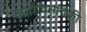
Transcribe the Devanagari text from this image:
अर्वाचिनांपैकी